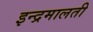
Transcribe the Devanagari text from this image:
इन्द्रमालती